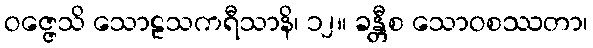
ဝဇ္ဇေသိ သောဠသကရီသာနိ၊ ၁၂။ ခန္တီစ သောဝစဿတာ၊